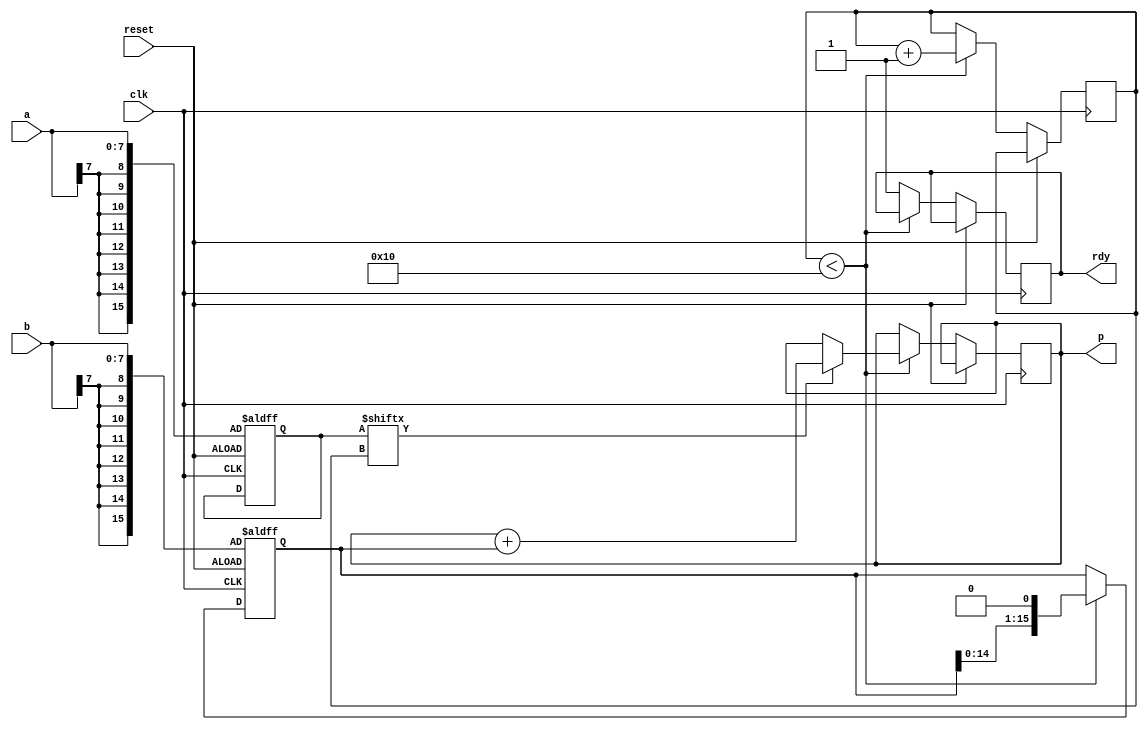
 module multi_booth_8bit(
	input clk,
	input reset,
	input [7:0] a,
	input [7:0] b,
	output reg [15:0] p,
	output reg rdy
);
	reg [4:0] ctr;
	reg [15:0] multiplier, multiplicand;
	always @(posedge clk or posedge reset) begin
		if (reset) begin
			multiplier <= {{8{a[7]}}, a};
			multiplicand <= {{8{b[7]}}, b};
		end else begin
			if (ctr < 16) begin
				multiplicand <= multiplicand << 1;
				if (multiplier[ctr]) begin
					p <= p + multiplicand;
				end
				ctr <= ctr + 1;
			end else begin
				rdy <= 1;
			end
		end
	end
endmodule